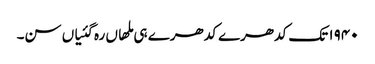
١٩٤٠ تک کدھرے کدھرے ہی ملھاں رہ گئیاں سن۔